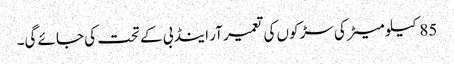
85کیلو میٹر کی سڑکوں کی تعمیر آر اینڈ بی کے تحت کی جائے گی۔